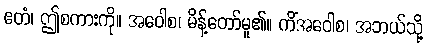
ဧတံ၊ ဤစကားကို။ အဝေါစ၊ မိန့်တော်မူ၏။ ကိံအဝေါစ၊ အဘယ်သို့